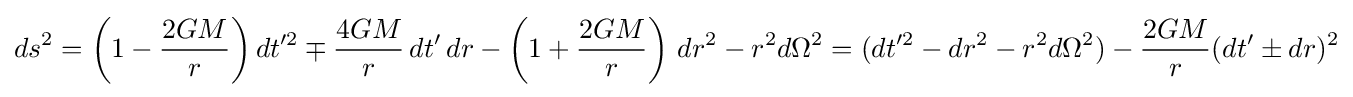
ds^{2}=\left(1-{\frac {2GM}{r}}\right)dt'^{2}\mp {\frac {4GM}{r}}\,dt'\,dr-\left(1+{\frac {2GM}{r}}\right)\,dr^{2}-r^{2}d\Omega ^{2}=(dt'^{2}-dr^{2}-r^{2}d\Omega ^{2})-{\frac {2GM}{r}}(dt'\pm dr)^{2}